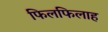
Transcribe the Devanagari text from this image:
फिलफिलाह